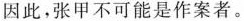
因此，张甲不可能是作案者。